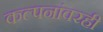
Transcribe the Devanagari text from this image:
कल्पनांवरही